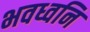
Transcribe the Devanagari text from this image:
भवध्वनि